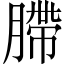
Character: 䐭